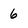
Character: 6